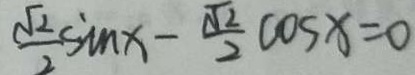
\frac { \sqrt { 2 } } { 2 } s i m x - \frac { \sqrt { 2 } } { 2 } \cos x = 0